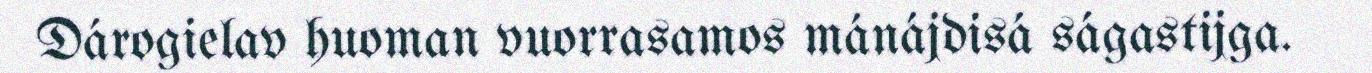
Dárogielav huoman vuorrasamos mánájdisá ságastijga.